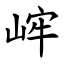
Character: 㟉